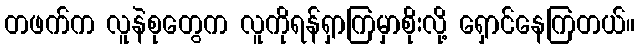
တဖက်က လူနဲစုတွေက လူကိုရန်ရှာကြမှာစိုးလို့ ရှောင်နေကြတယ်။